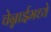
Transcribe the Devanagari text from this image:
चेन्नाईमध्ये